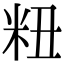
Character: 粈